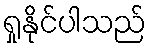
ရှုနိုင်ပါသည်